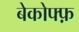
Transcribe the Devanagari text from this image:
बेकोफ्फ़